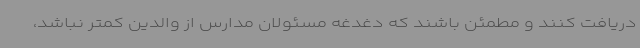
دریافت کنند و مطمئن باشند که دغدغه مسئولان مدارس از والدین کمتر نباشد،